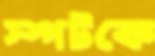
স্পটকে